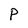
Character: P